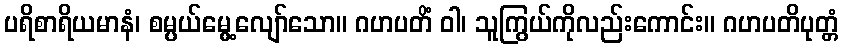
ပရိစာရိယမာနံ၊ စမ္ပယ်မွေ့လျော်သော။ ဂဟပတိံ ဝါ၊ သူကြွယ်ကိုလည်းကောင်း။ ဂဟပတိပုတ္တံ